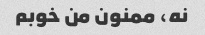
نه، ممنون من خوبم